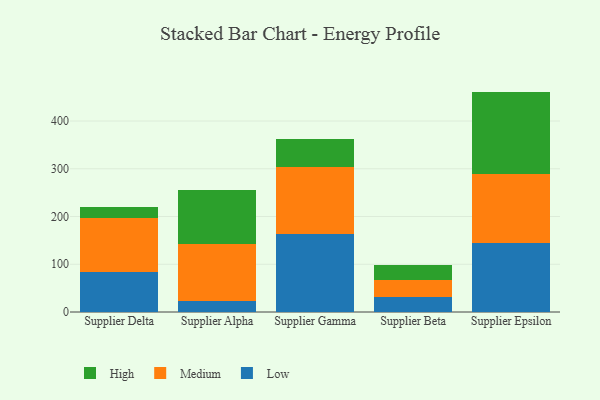
{"axis": {"x": "Supplier", "y": "Active Users"}, "legend": ["High", "Low", "Medium"], "data": [{"x": "Supplier Delta", "y": 83.4, "type": "Low"}, {"x": "Supplier Delta", "y": 113.4, "type": "Medium"}, {"x": "Supplier Delta", "y": 22.9, "type": "High"}, {"x": "Supplier Alpha", "y": 23.7, "type": "Low"}, {"x": "Supplier Alpha", "y": 118.4, "type": "Medium"}, {"x": "Supplier Alpha", "y": 113.7, "type": "High"}, {"x": "Supplier Gamma", "y": 163.7, "type": "Low"}, {"x": "Supplier Gamma", "y": 141.0, "type": "Medium"}, {"x": "Supplier Gamma", "y": 57.8, "type": "High"}, {"x": "Supplier Beta", "y": 30.4, "type": "Low"}, {"x": "Supplier Beta", "y": 36.5, "type": "Medium"}, {"x": "Supplier Beta", "y": 32.1, "type": "High"}, {"x": "Supplier Epsilon", "y": 143.8, "type": "Low"}, {"x": "Supplier Epsilon", "y": 144.5, "type": "Medium"}, {"x": "Supplier Epsilon", "y": 173.3, "type": "High"}]}